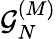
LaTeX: \mathcal{G}_{N}^{(M)}